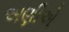
અણીએ